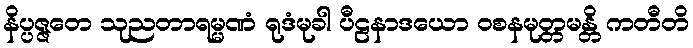
နိပ္ပဇ္ဇတေ သုညတာရမ္မဏံ ရုဒံမုခါ ပီဠနာဒယော ဝစနမုတ္တမန္တိ ကတီတိ